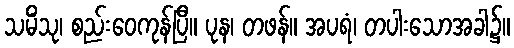
သမိံသု၊ စည်းဝေကုန်ပြီ။ ပုန၊ တဖန်။ အပရံ၊ တပါးသောအခါ၌။